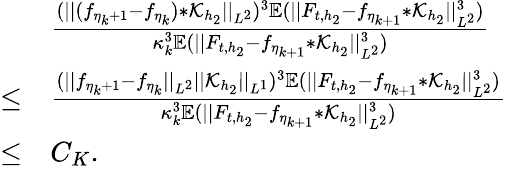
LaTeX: \begin{array}{rl}&{\frac{(\vert\vert(f_{\eta_{k}+1}-f_{\eta_{k}})\ast\mathcal{K}_{h_{2}}\vert\vert_{L^{2}})^{3}\mathbb{E}(\vert\vert F_{t,{h_{2}}}-f_{\eta_{k+1}}\ast\mathcal{K}_{h_{2}}\vert\vert_{L^{2}}^{3})}{\kappa_{k}^{3}\mathbb{E}(\vert\vert F_{t,{h_{2}}}-f_{\eta_{k+1}}\ast\mathcal{K}_{h_{2}}\vert\vert_{L^{2}}^{3})}}\\ {\le}&{\frac{(\vert\vert f_{\eta_{k}+1}-f_{\eta_{k}}\vert\vert_{L^{2}}\vert\vert\mathcal{K}_{h_{2}}\vert\vert_{L^{1}})^{3}\mathbb{E}(\vert\vert F_{t,{h_{2}}}-f_{\eta_{k+1}}\ast\mathcal{K}_{h_{2}}\vert\vert_{L^{2}}^{3})}{\kappa_{k}^{3}\mathbb{E}(\vert\vert F_{t,{h_{2}}}-f_{\eta_{k+1}}\ast\mathcal{K}_{h_{2}}\vert\vert_{L^{2}}^{3})}}\\ {\le}&{C_{K}.}\end{array}